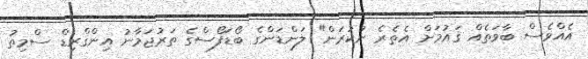
އެއްވެސް ބާވަތެއް ޤައުމަށް އެތެރެ ނުކުރަން" ލަންޑަންގެ ބޯޑަފޯސްގެ ތަރުޖަމާނު އިންގްރިޑް ސްމިތު